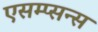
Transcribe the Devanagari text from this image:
एसम्प्सन्स